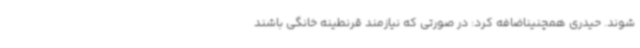
شوند. حیدری همچنیناضافه کرد: در صورتی که نیازمند قرنطینه خانگی باشند